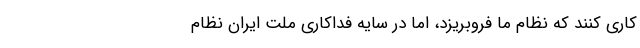
کاری کنند که نظام ما فروبریزد، اما در سایه فداکاری ملت ایران نظام